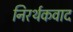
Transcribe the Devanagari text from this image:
निरर्थकवाद